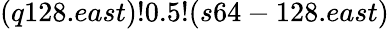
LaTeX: (q128.east)!0.5!(s64-128.east)